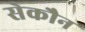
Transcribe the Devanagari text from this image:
सेकौन